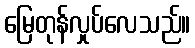
မြေတုန်လှုပ်လေသည်။